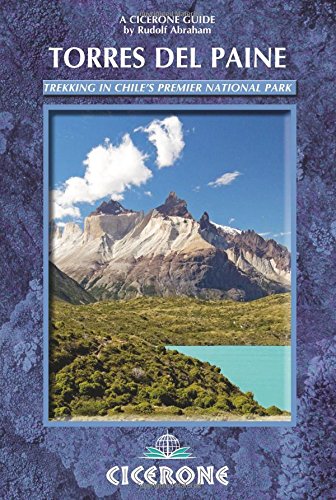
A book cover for Torres del Paine: Trekking in Chile's Premier National Park (A Cicerone Guide); Rudolf Abraham; Health, Fitness & Dieting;